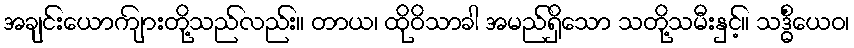
အချင်းယောကျ်ားတို့သည်လည်း။ တာယ၊ ထိုဝိသာခါ အမည်ရှိသော သတို့သမီးနှင့်။ သဒ္ဓိံယေဝ၊